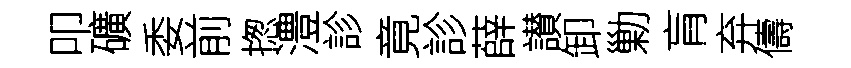
叩礦委前揔澧診竟診薛讃卸勦肓弃儔